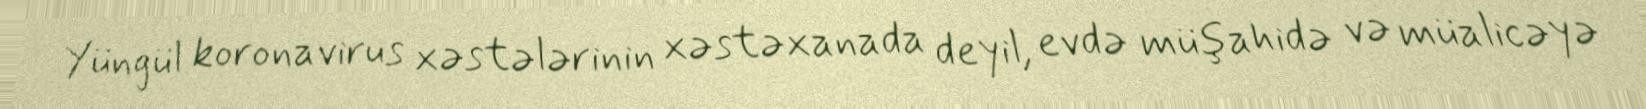
Yüngül koronavirus xəstələrinin xəstəxanada deyil, evdə müşahidə və müalicəyə